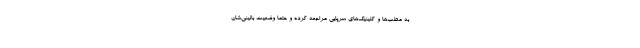
به مطب‌ها و کلینیک‌های سرپایی مراجعه کرده و حتما وضعیت بالینی‌شان